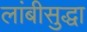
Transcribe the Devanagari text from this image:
लांबीसुद्धा